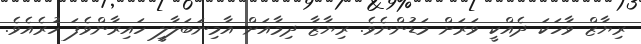
ރިޔާޒް ވާހަކަ ދެއްކީ ވަރަށް މަޑުންނެވެ. ރިޔާޒާ ދިމާއަށް އާމިނަބަލާލީ ހައިރާންވެފަ ހުރެއެވެ.